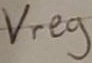
Text: Vreg